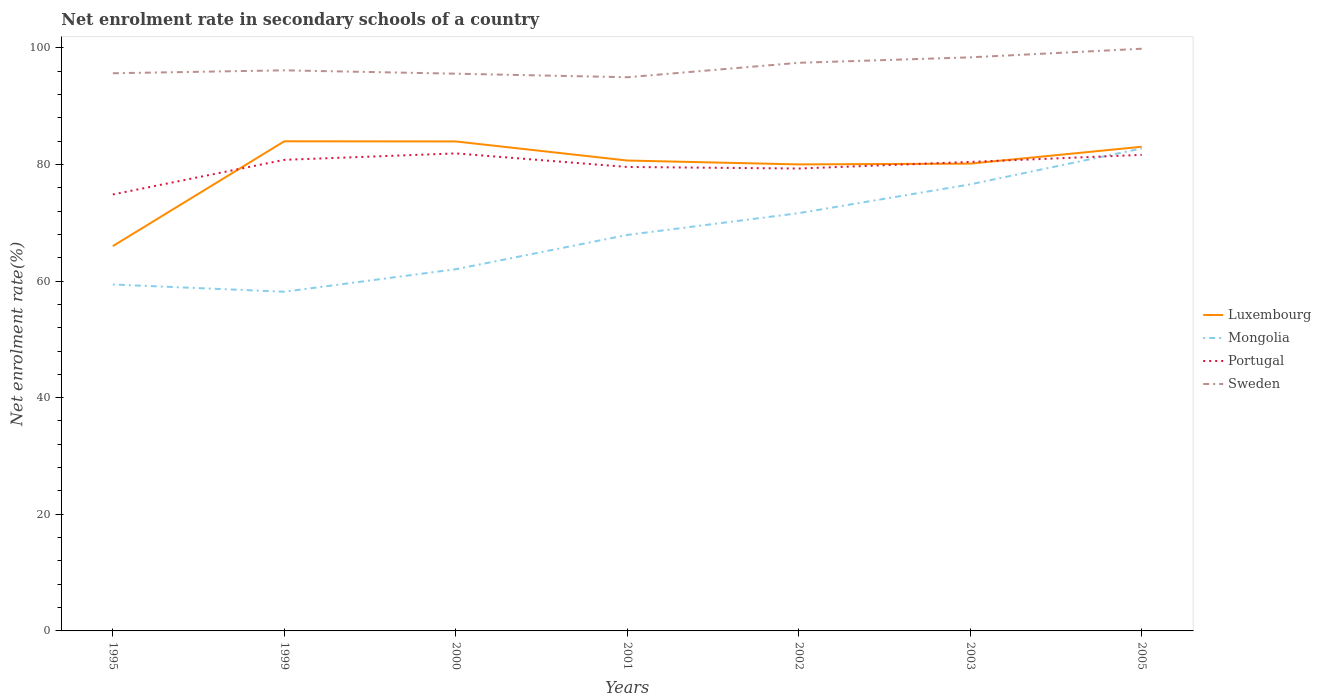
| Years | Luxembourg | Mongolia | Portugal | Sweden |
 | --- | --- | --- | --- | --- |
 | 1995 | 66 | 59.4 | 74.8 | 95.6 |
 | 1999 | 84 | 58.2 | 80.8 | 96.1 |
 | 2000 | 83.9 | 62 | 81.9 | 95.6 |
 | 2001 | 80.7 | 67.9 | 79.6 | 94.9 |
 | 2002 | 80 | 71.6 | 79.3 | 97.4 |
 | 2003 | 80.1 | 76.6 | 80.4 | 98.4 |
 | 2005 | 83 | 82.7 | 81.6 | 99.8 |